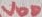
Text: VDD